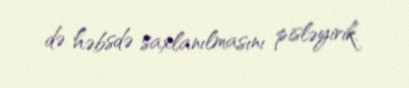
də həbsdə saxlanılmasını pisləyirik.